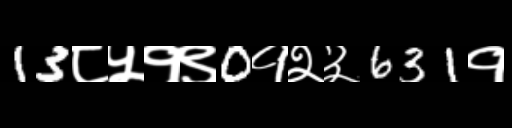
Text: 13८५१९0१२३631१